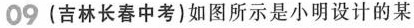
09(吉林长春中考)如图所示是小明设计的某